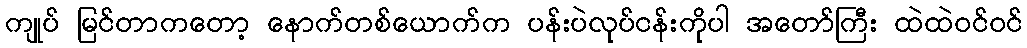
ကျုပ် မြင်တာကတော့ နောက်တစ်ယောက်က ပန်းပဲလုပ်ငန်းကိုပါ အတော်ကြီး ထဲထဲဝင်ဝင်